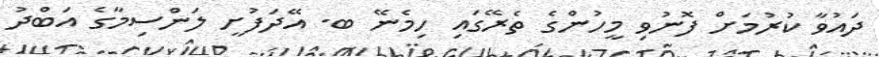
ދައުވާ ކުރުމަށް ފޮނުވި މީހުންގެ ތެރޭގައި ހިމެނޭ ބ. އޭދަފުށީ ލަންސިމާގެ އަބްދު